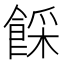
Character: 𩜓